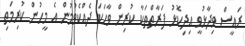
ރައީސް ވިދާޅުވީ އިދިކޮޅު ފަރާތްތަކާ ކުރިން ވާހަކަ ދެއްކެވުމުން އެ މީހުން ކުރިމަތި